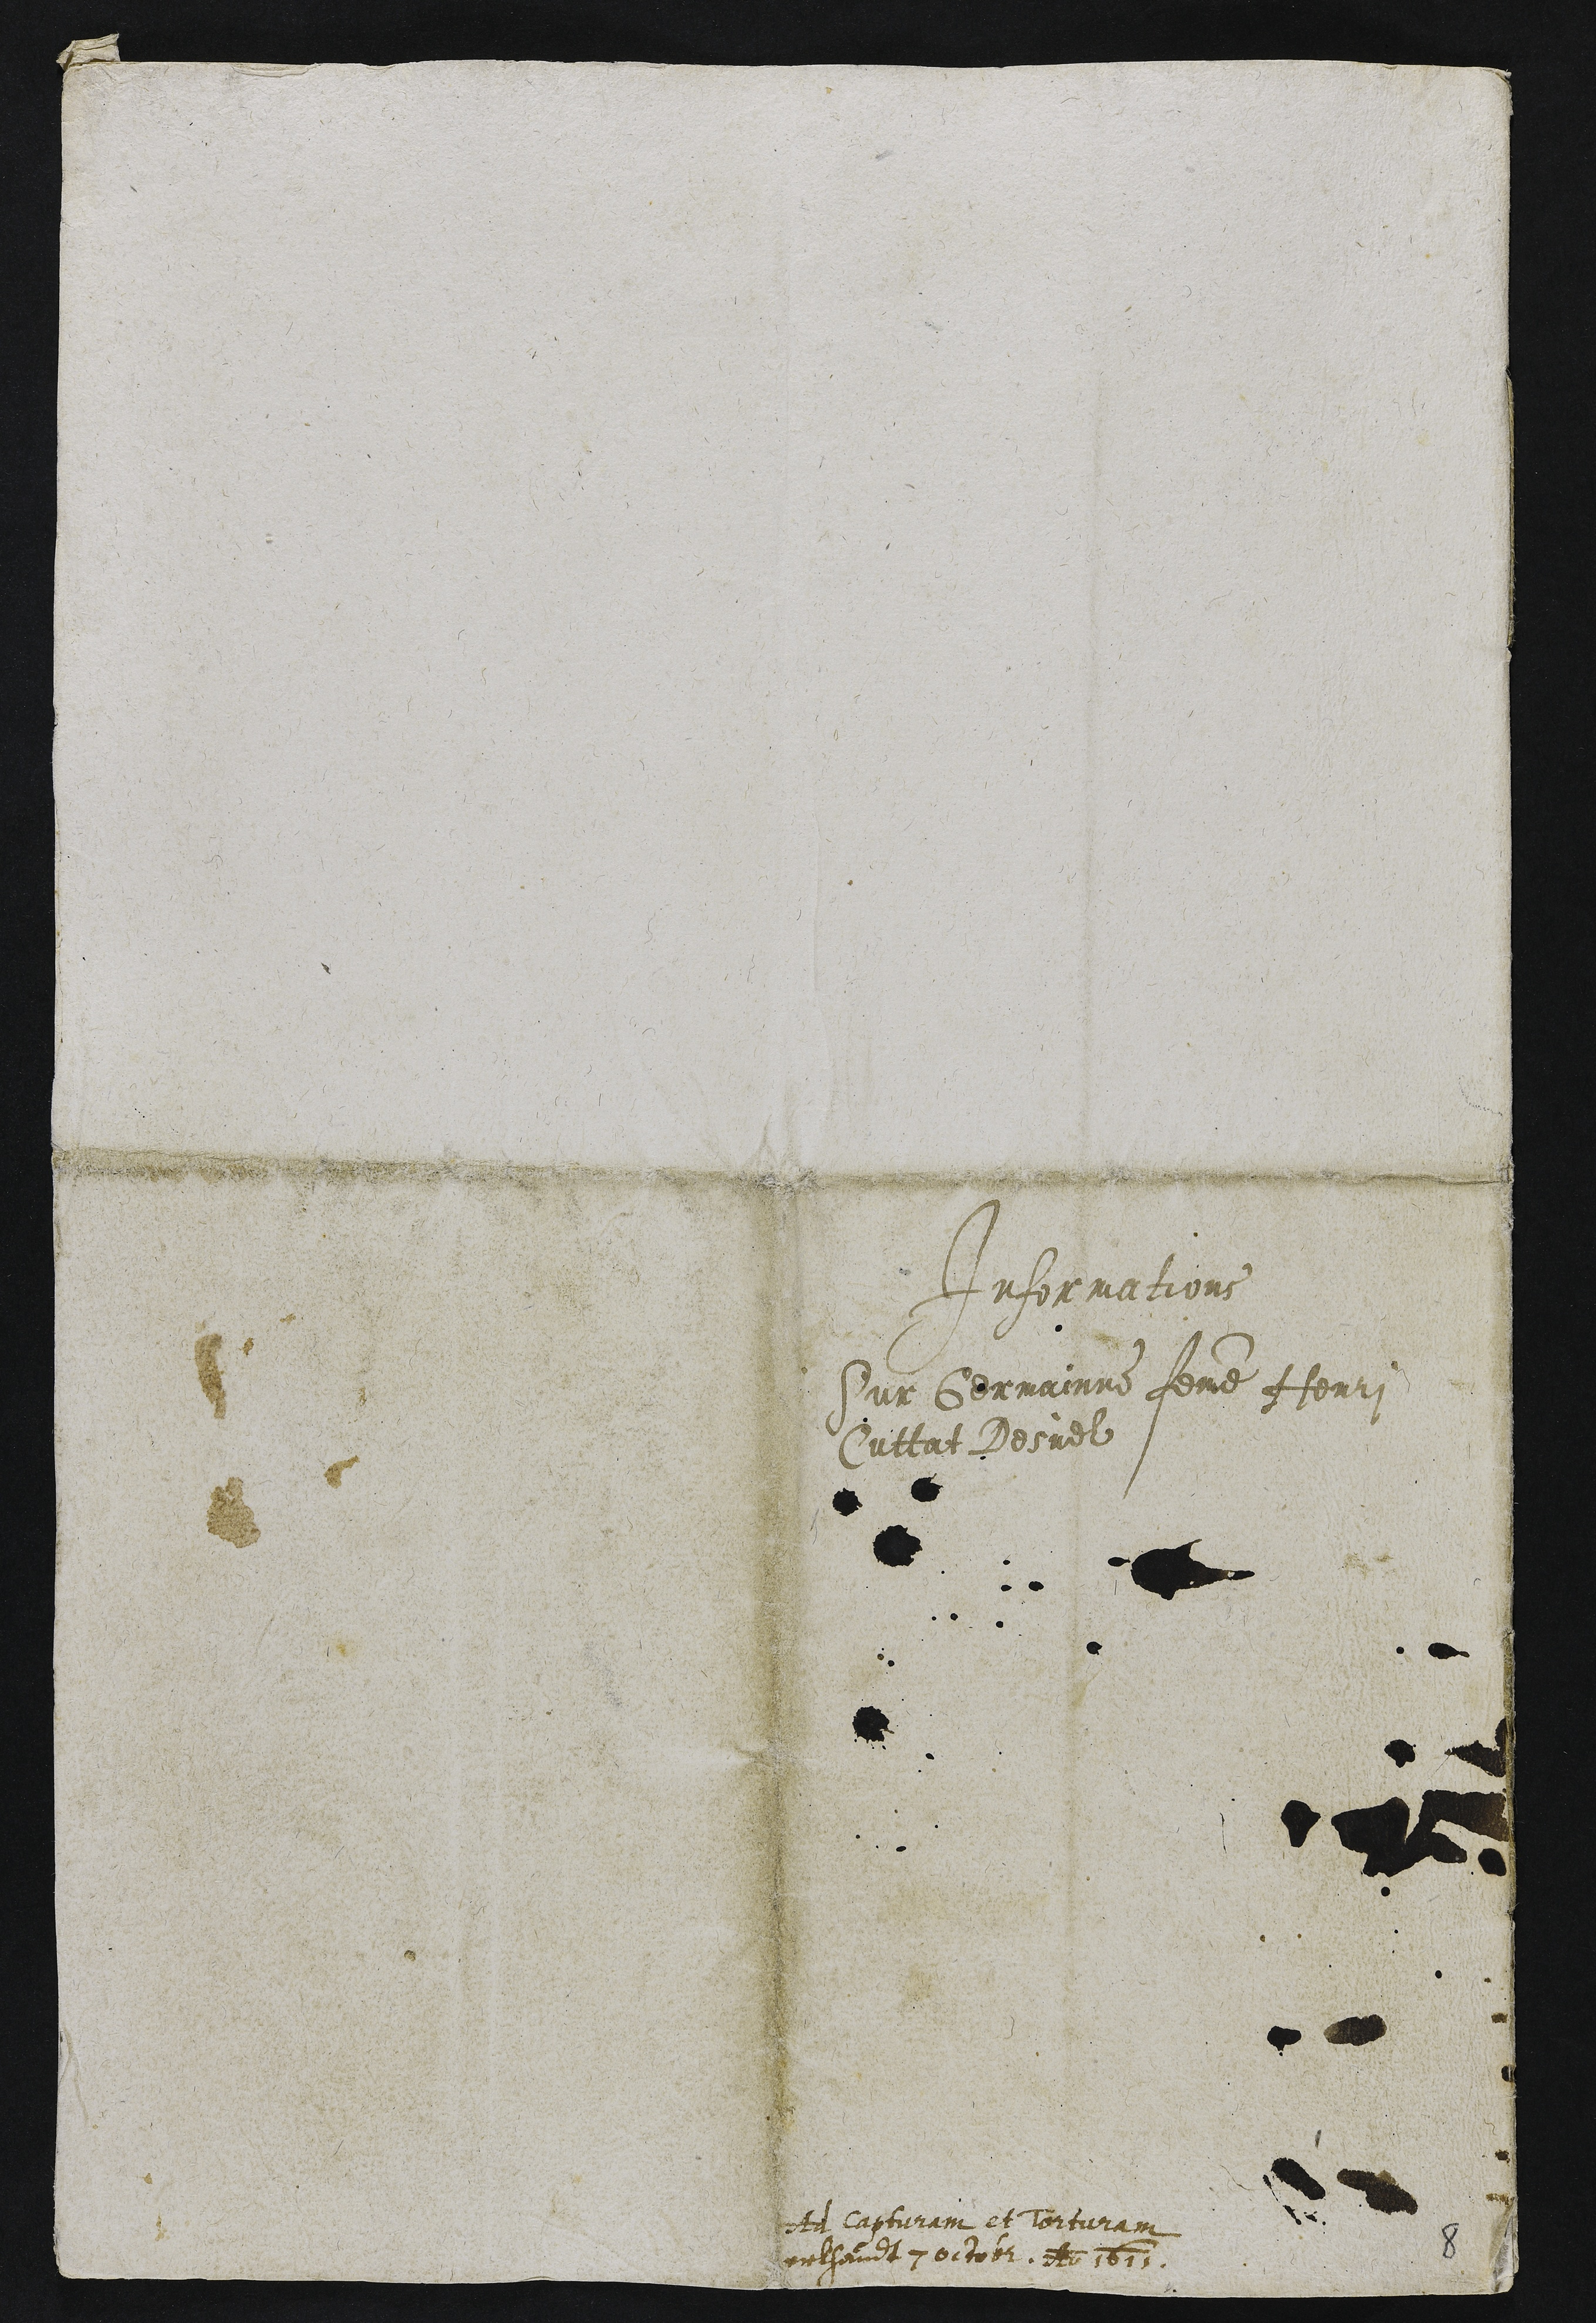
Informations
Sur Germainne femme Honri
Cuttat Desuel

t capturam et torturam
relhandt 7 octobr An 1613

8